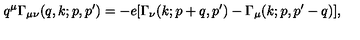
q ^ { \mu } \Gamma _ { \mu \nu } ( q , k ; p , p ^ { \prime } ) = - e [ \Gamma _ { \nu } ( k ; p + q , p ^ { \prime } ) - \Gamma _ { \mu } ( k ; p , p ^ { \prime } - q ) ] ,